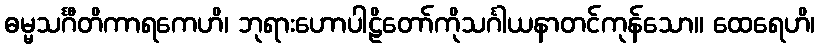
ဓမ္မသင်္ဂီတိကာရကေဟိ၊ ဘုရားဟောပါဠိတော်ကိုသင်္ဂါယနာတင်ကုန်သော။ ထေရေဟိ၊